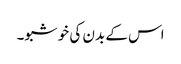
اس کے بدن کی خوشبو۔